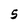
Character: 5